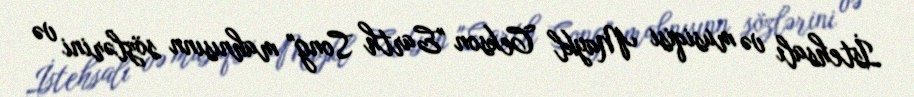
İstehsalı və musiqisi Maykl Cekson "Earth Song" mahnısınn sözlərini və